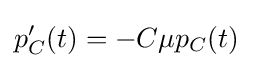
p_{C}^{\prime }(t)=-C\mu p_{C}(t)